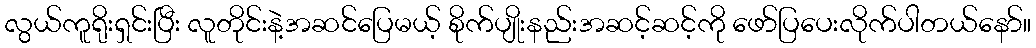
လွယ်ကူရိုးရှင်းပြီး လူတိုင်းနဲ့အဆင်ပြေမယ့် စိုက်ပျိုးနည်းအဆင့်ဆင့်ကို ဖော်ပြပေးလိုက်ပါတယ်နော်။